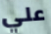
علي